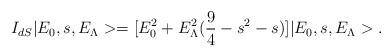
LaTeX: \begin{align*}I_{dS} | E_0, s, E_{\Lambda} > = [ E_0^2 + E_{\Lambda}^2 (\frac{9}{4} - s^2 -s )] | E_0, s, E_{\Lambda} >.\end{align*}